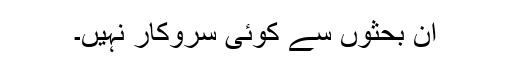
ان بحثوں سے کوئی سروکار نہیں۔